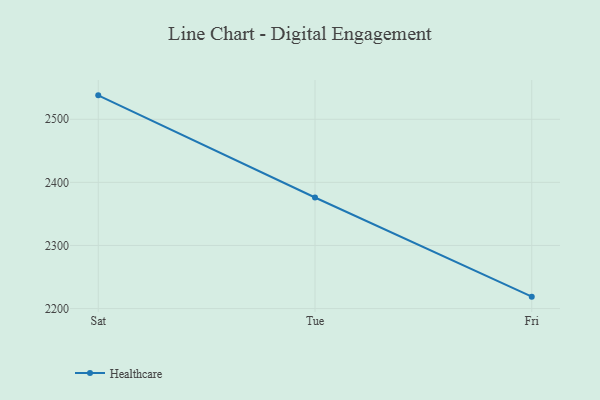
{"axis": {"x": "Day", "y": "Temperature (°C)"}, "legend": ["Healthcare"], "data": [{"x": "Sat", "y": 2537.9, "type": "Healthcare"}, {"x": "Tue", "y": 2376.0, "type": "Healthcare"}, {"x": "Fri", "y": 2218.9, "type": "Healthcare"}]}